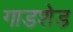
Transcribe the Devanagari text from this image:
गाडशेड